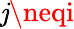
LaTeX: \mathit{j}\neqi